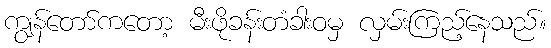
ကျွန်တော်ကတော့ မီးဖိုခန်းတံခါးဝမှ လှမ်းကြည့်နေသည်။